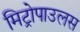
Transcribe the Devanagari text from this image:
मिट्रोपाउलस